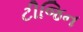
ટીજિન